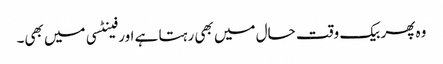
وہ پھر بیک وقت حال میں بھی رہتا ہے اور فینٹسی میں بھی۔